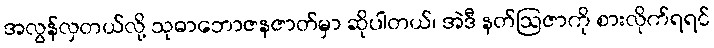
အလွန်လှတယ်လို့ သုဓာဘောဇနဇာတ်မှာ ဆိုပါတယ်၊ အဲဒီ နတ်ဩဇာကို စားလိုက်ရရင်